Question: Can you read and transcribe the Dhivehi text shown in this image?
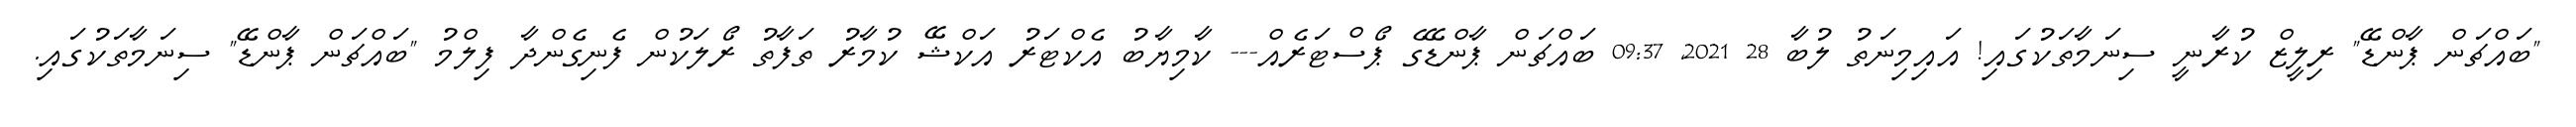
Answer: "ބައްޗަން ޕާންޑޭ" ރިލީޒް ކުރާނީ ސިނަމާތަކުގައި! އައިމިނަތު ލުބާ 28 2021, 09:37 ބައްޗަން ޕާންޑޭގެ ޕޯސްޓަރެއް--- ކާމިޔާބު އެކްޓަރު އަކްޝޭ ކުމާރު ތަފާތު ރޯލަކުން ފެނިގެންދާ ފިލްމު "ބައްޗަން ޕާންޑޭ" ސިނަމާތަކުގައި.